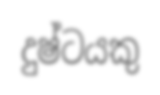
දුෂ්ටයකු